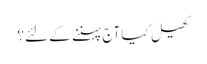
کھیل کیا آج پہننے کے لئے؟